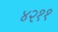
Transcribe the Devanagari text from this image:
४२११